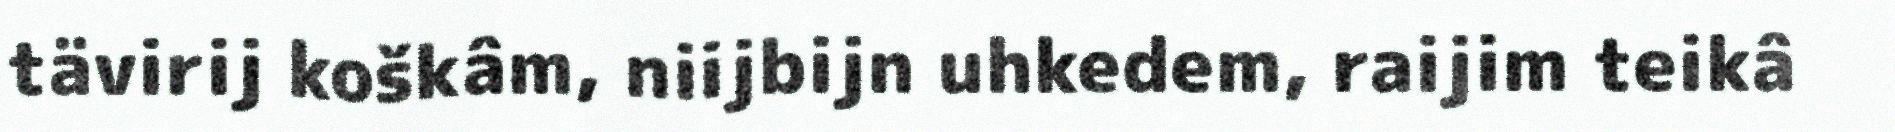
tävirij koškâm, niijbijn uhkedem, raijim teikâ